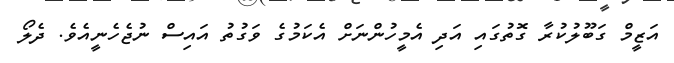
އަޒީމް ގަބޫލުކުރާ ގޮތުގައި އަދި އެމީހުންނަށް އެކަމުގެ ވަގުތު އައިސް ނުޖެހެނީއެވެ. ދެލޯ